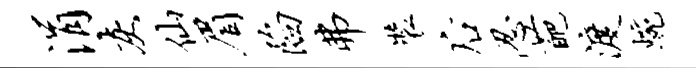
涓灰仙眉陷弗装後忍葩渡蜿